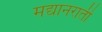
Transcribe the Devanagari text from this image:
मद्यानराती